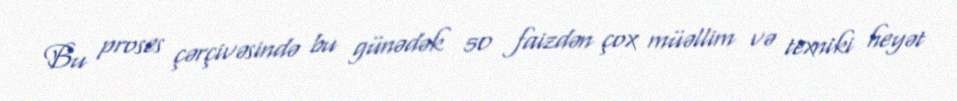
Bu proses çərçivəsində bu günədək 50 faizdən çox müəllim və texniki heyət